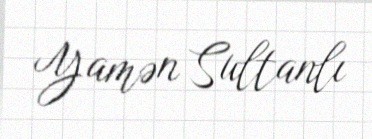
Yamən Sultanlı